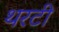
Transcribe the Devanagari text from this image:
थरटी